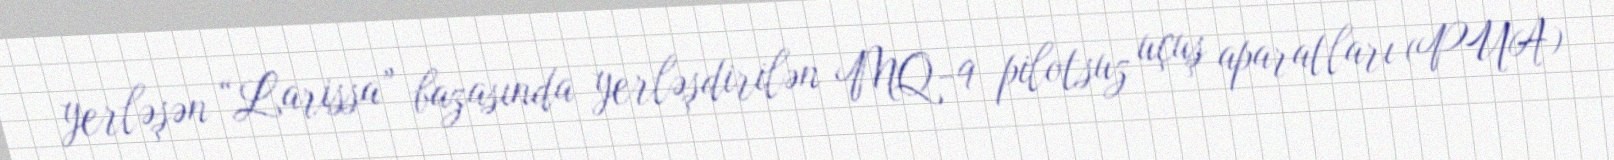
yerləşən “Larissa” bazasında yerləşdirilən MQ-9 pilotsuz uçuş aparatları (PUA)